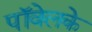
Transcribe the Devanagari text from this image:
पॉवेलके